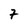
Character: 7